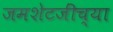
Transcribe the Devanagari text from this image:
जमशेटजींच्या